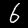
Label: 6